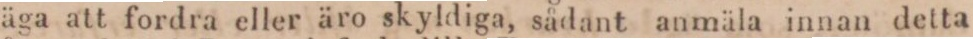
äga att fordra eller äro skyldiga, sådant anmäla innan detta